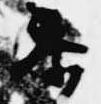
参